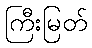
ကြီးမြတ်